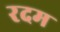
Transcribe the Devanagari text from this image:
रदम